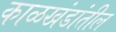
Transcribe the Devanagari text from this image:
काळखंडांतील